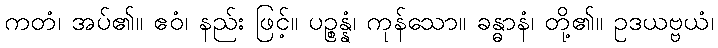
ကတံ၊ အပ်၏။ ဧဝံ၊ နည်း ဖြင့်။ ပဉ္စန္နံ၊ ကုန်သော။ ခန္ဓာနံ၊ တို့၏။ ဥဒယဗ္ဗယံ၊